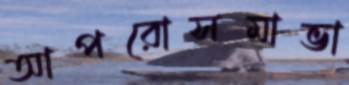
আপরোসমাভা